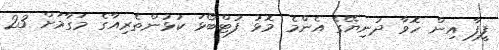
ފީފާ އިން ހޮވާ ދުނިޔޭގެ އެންމެ މޮޅު ފުޓްބޯޅަ ކުޅުންތެރިއާގެ މަގާމަށް 23